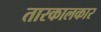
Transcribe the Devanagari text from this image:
तारकालकार